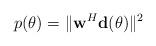
LaTeX: \begin{align*}p(\theta) =\| \mathbf w^H {\mathbf d}(\theta) \|^2\end{align*}